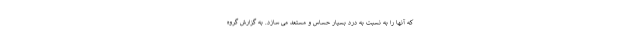
که آنها را به نسبت به درد بسیار حساس و مستعد می سازد. به گزارش گروه